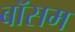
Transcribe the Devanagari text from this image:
बॉसम